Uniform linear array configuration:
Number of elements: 16
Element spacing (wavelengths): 0.5
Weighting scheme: cosine
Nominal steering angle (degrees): -45
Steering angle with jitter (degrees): -43.617
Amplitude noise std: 0.05
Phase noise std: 0.05

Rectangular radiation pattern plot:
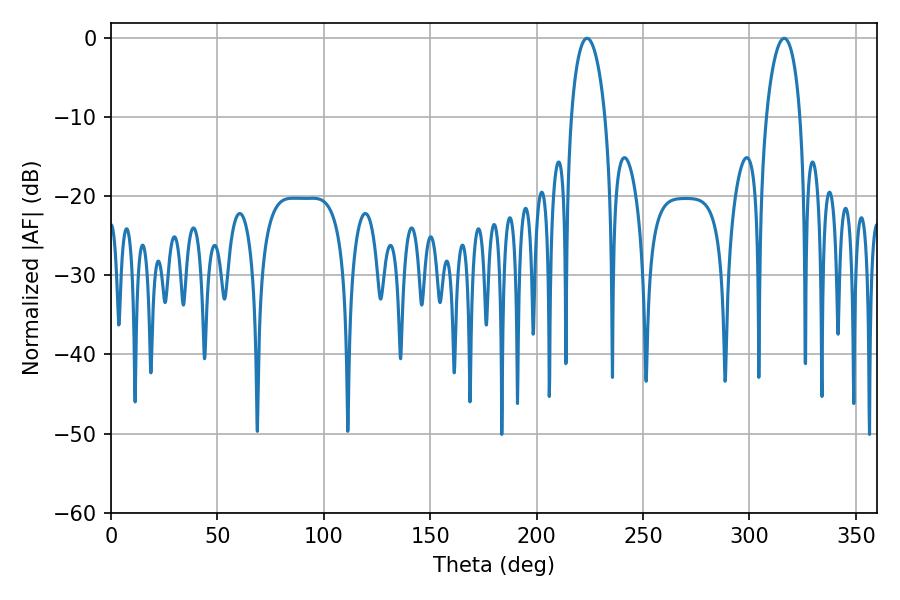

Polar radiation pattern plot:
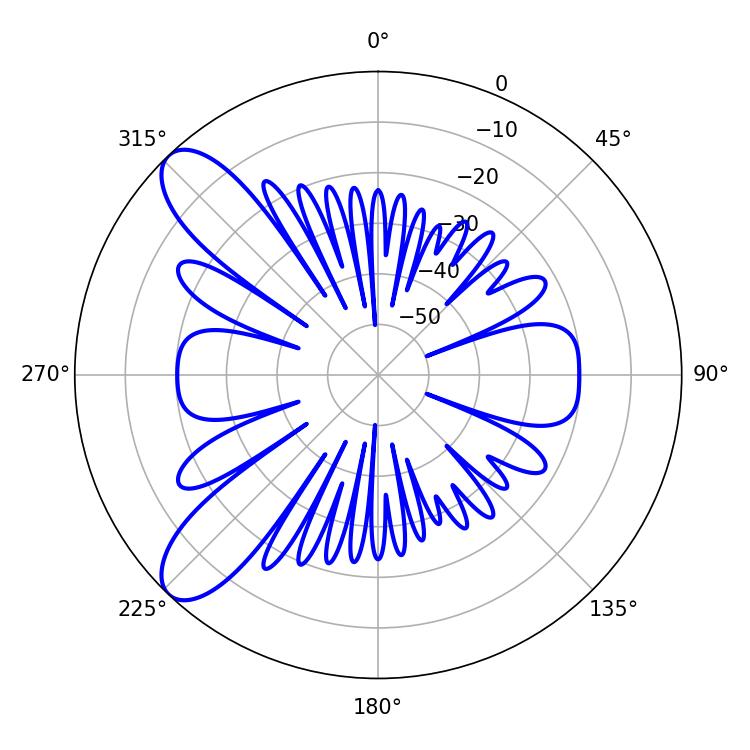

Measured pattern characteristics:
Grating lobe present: FALSE
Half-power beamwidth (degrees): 9.18
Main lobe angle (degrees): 316.26